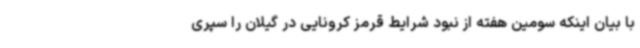
با بیان اینکه سومین هفته از نبود شرایط قرمز کرونایی در گیلان را سپری